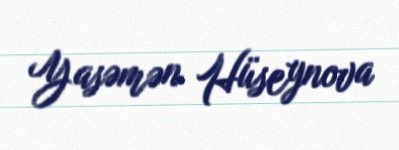
Yasəmən Hüseynova